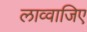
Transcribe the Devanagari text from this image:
लाव्वाजिए